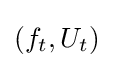
(f_{t},U_{t})